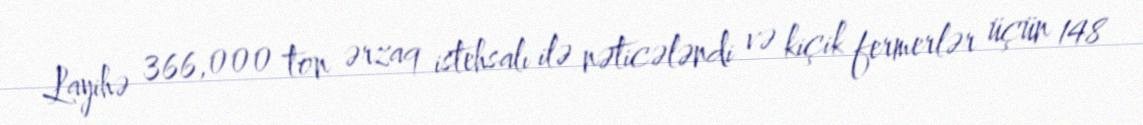
Layihə 366,000 ton ərzaq istehsalı ilə nəticələndi və kiçik fermerlər üçün 148